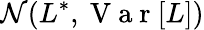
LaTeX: \mathcal{N}(L^{*},\mathrm{~V~a~r~}[L])